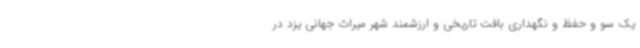
یک سو و حفظ و نگهداری بافت تاریخی و ارزشمند شهر میراث جهانی یزد در